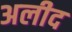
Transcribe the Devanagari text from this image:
अलीद